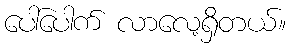
ပေါ်ပေါက် လာလေ့ရှိတယ်။